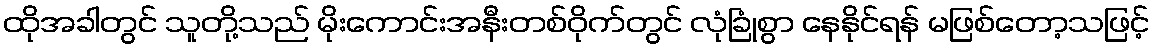
ထိုအခါတွင် သူတို့သည် မိုးကောင်းအနီးတစ်ဝိုက်တွင် လုံခြုံစွာ နေနိုင်ရန် မဖြစ်တော့သဖြင့်